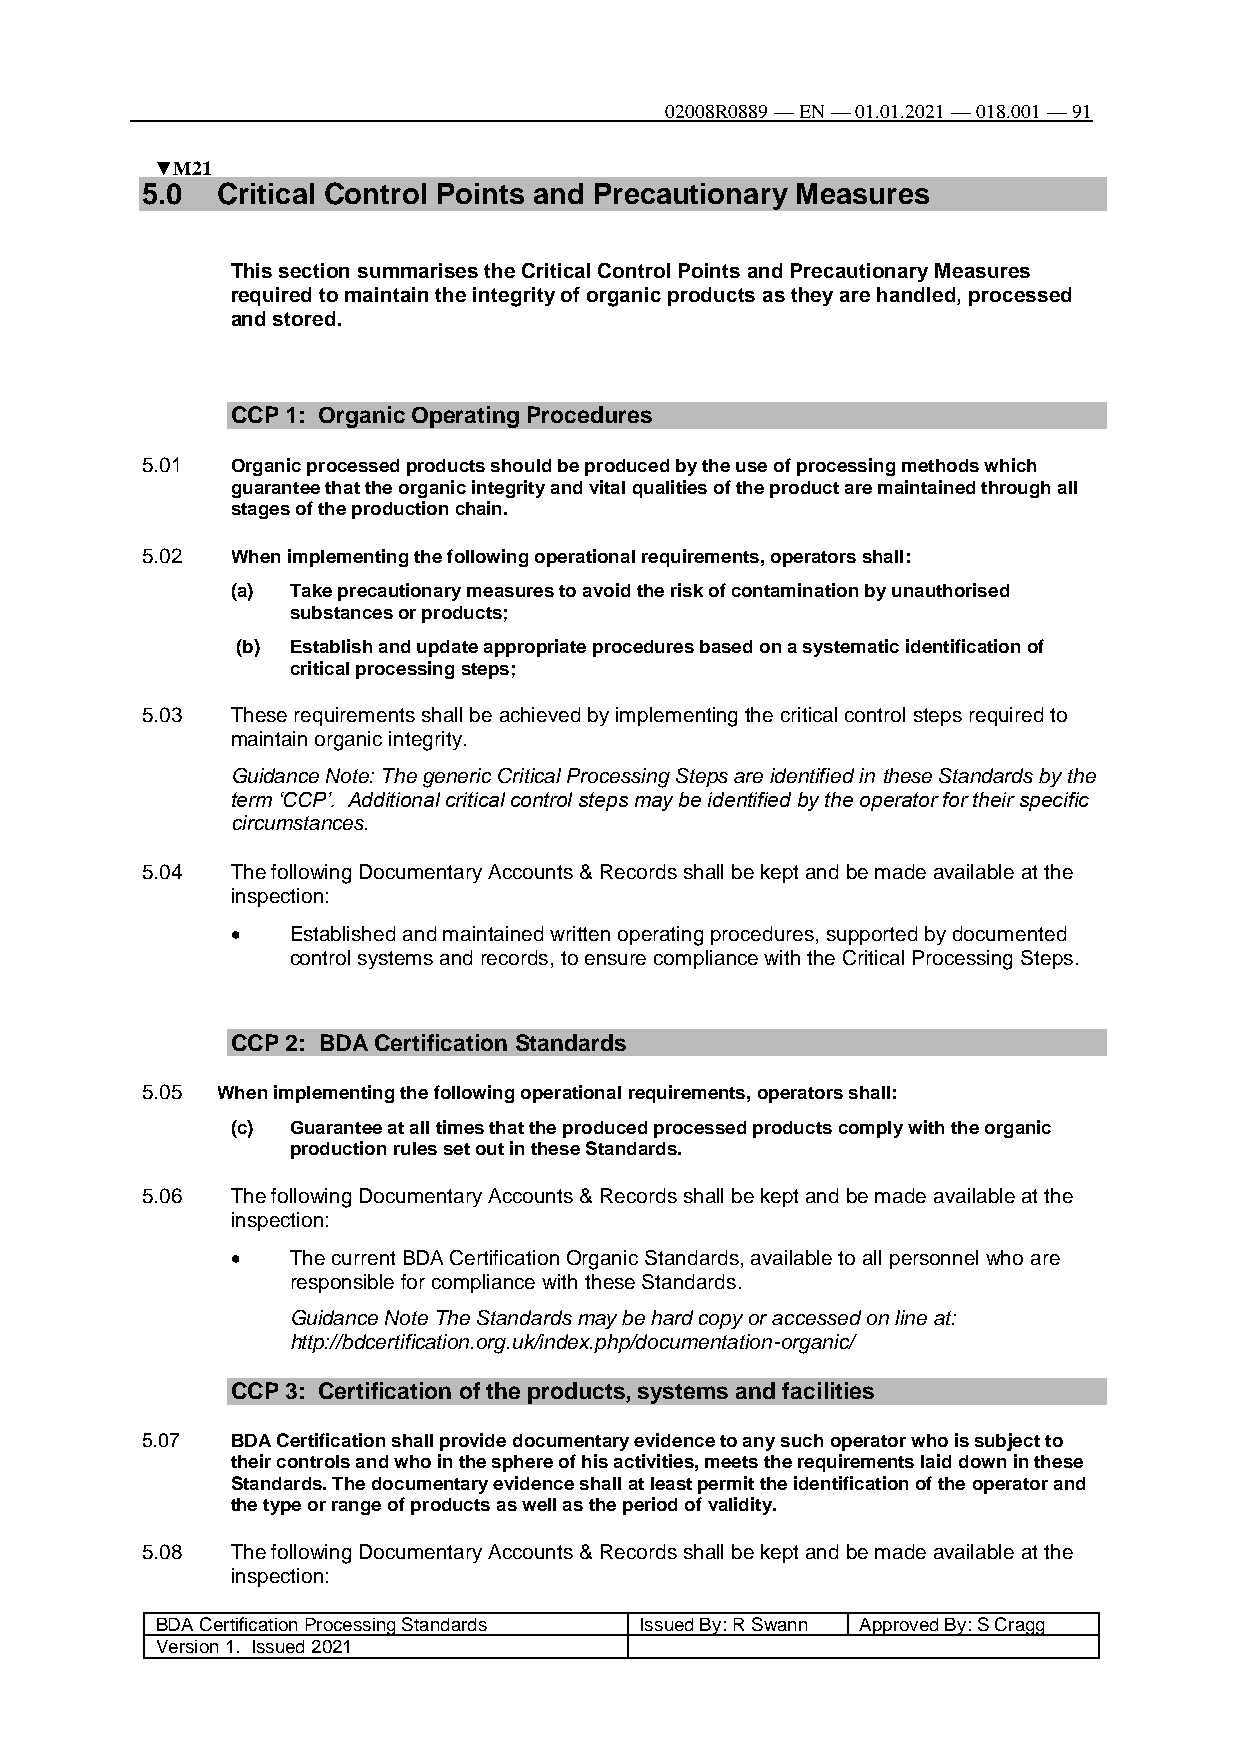
02008R0889 — EN — 01.01.2021 — 018.001 — 91
 ▼M21
 5.0  Critical Control Points and Precautionary Measures
 This section summarises the Critical Control Points and Precautionary Measures
 required to maintain the integrity of organic products as they are handled, processed
 and stored.
 CCP 1: Organic Operating Procedures
 5.01  Organic processed products should be produced by the use of processing methods which
 guarantee that the organic integrity and vital qualities of the product are maintained through all
 stages of the production chain.
 5.02  When implementing the following operational requirements, operators shall:
 (a) Take precautionary measures to avoid the risk of contamination by unauthorised
 substances or products;
 (b) Establish and update appropriate procedures based on a systematic identification of
 critical processing steps;
 5.03  These requirements shall be achieved by implementing the critical control steps required to
 maintain organic integrity.
 Guidance Note: The generic Critical Processing Steps are identified in these Standards by the
 term ‘CCP’. Additional critical control steps may be identified by the operator for their specific
 circumstances.
 5.04  The following Documentary Accounts & Records shall be kept and be made available at the
 inspection:
    Established and maintained written operating procedures, supported by documented
 control systems and records, to ensure compliance with the Critical Processing Steps.
 CCP 2: BDA Certification Standards
 5.05 When implementing the following operational requirements, operators shall:
 (c) Guarantee at all times that the produced processed products comply with the organic
 production rules set out in these Standards.
 5.06  The following Documentary Accounts & Records shall be kept and be made available at the
 inspection:
    The current BDA Certification Organic Standards, available to all personnel who are
 responsible for compliance with these Standards.
 Guidance Note The Standards may be hard copy or accessed on line at:
 http://bdcertification.org.uk/index.php/documentation-organic/
 CCP 3: Certification of the products, systems and facilities
 5.07  BDA Certification shall provide documentary evidence to any such operator who is subject to
 their controls and who in the sphere of his activities, meets the requirements laid down in these
 Standards. The documentary evidence shall at least permit the identification of the operator and
 the type or range of products as well as the period of validity.
 5.08  The following Documentary Accounts & Records shall be kept and be made available at the
 inspection:
 BDA Certification Processing Standards Issued By: R Swann Approved By: S Cragg
 Version 1. Issued 2021